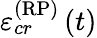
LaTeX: \varepsilon_{cr}^{\left(\mathrm{RP}\right)}\left(t\right)